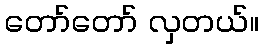
တော်တော် လှတယ်။